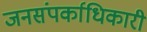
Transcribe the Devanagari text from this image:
जनसंपर्काधिकारी